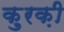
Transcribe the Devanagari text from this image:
क़ुरक़ी